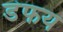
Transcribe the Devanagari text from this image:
डंफय